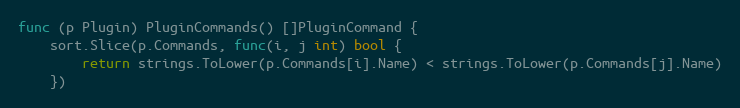
Language: Go
func (p Plugin) PluginCommands() []PluginCommand {
	sort.Slice(p.Commands, func(i, j int) bool {
		return strings.ToLower(p.Commands[i].Name) < strings.ToLower(p.Commands[j].Name)
	})